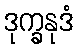
ဒုက္ခနုဒံ